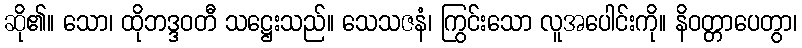
ဆို၏။ သော၊ ထိုဘဒ္ဒဝတီ သဋ္ဌေးသည်။ သေသဇနံ၊ ကြွင်းသော လူအပေါင်းကို။ နိဝတ္တာပေတွာ၊